画像に写った文字を読んでください
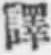
「譯」と書いてあります